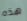
هذه